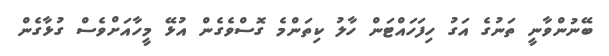
ބޭނުންވާނީ ތަނުގެ އަގު ހިފަހައްޓަން ހާލު ކިތަންމެ ގޮސްވެގެން އުޅޭ މީހާއަށްވެސް ގުޅާގެން